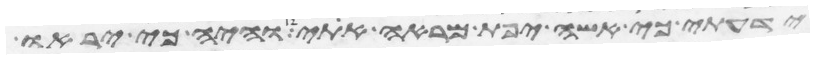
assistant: ידעתי כי אשה יפת מראה אתי והיה כי יראו